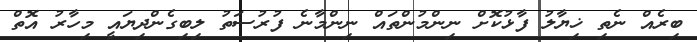
ބިރެއް ނެތި ޚިޔާލު ފާޅުކޮށް ނިންމުންތައް ނިންމާނެ ފުރުސަތު ލިބިގެންދިޔައީ މިހާރު އޮތް